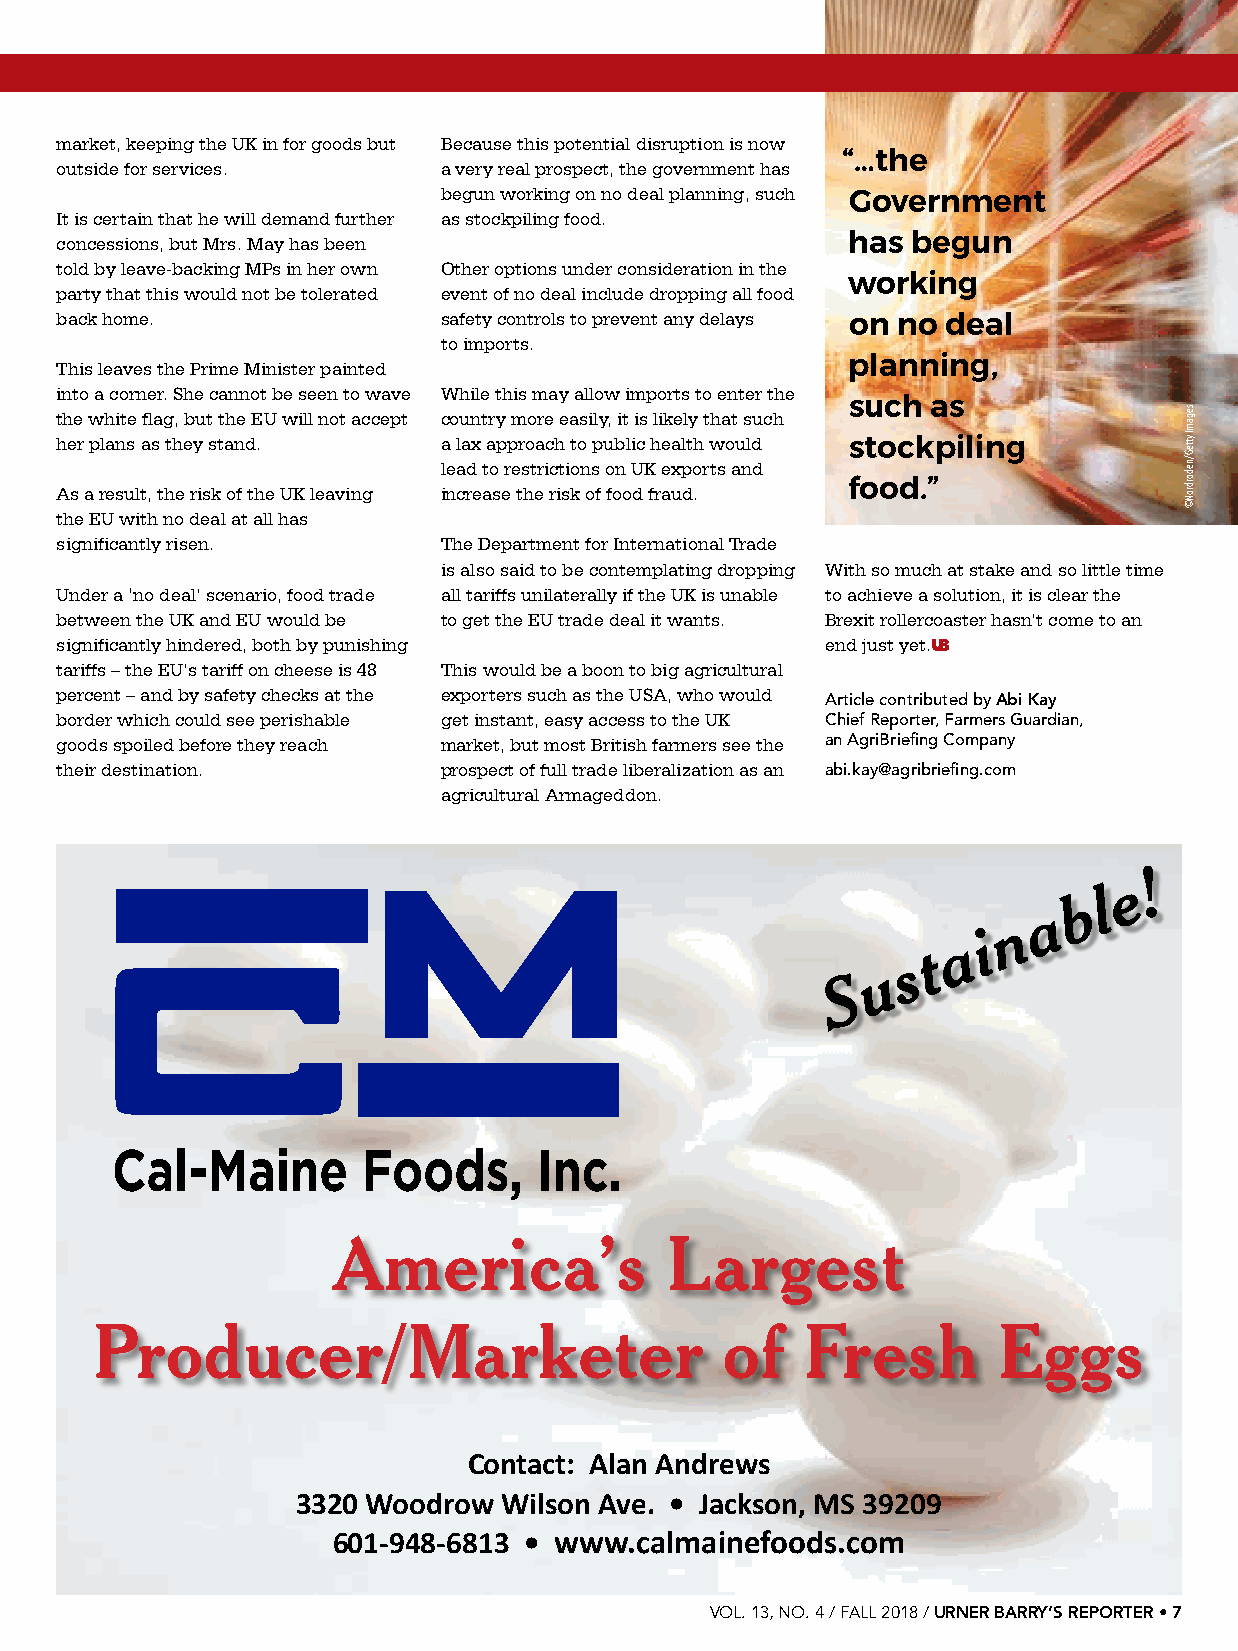
The inside scoop from our UK counterpart …
 market, keeping the UK in for goods but Because this potential disruption is now
 “…the
 outside for services.    a very real prospect, the government has
 begun working on no deal planning, such
 Government
 It is certain that he will demand further as stockpiling food.
 concessions, but Mrs. May has been                  has begun
 told by leave-backing MPs in her own Other options under consideration in the
 working
 party that this would not be tolerated event of no deal include dropping all food
 back home.               safety controls to prevent any delays on no deal
 to imports.
 This leaves the Prime Minister painted              planning,
 into a corner. She cannot be seen to wave While this may allow imports to enter the
 such  as
 the white flag, but the EU will not accept country more easily, it is likely that such
 her plans as they stand. a lax approach to public health would stockpiling
 lead to restrictions on UK exports and
 As a result, the risk of the UK leaving increase the risk of food fraud. food.”
 the EU with no deal at all has
 significantly risen.     The Department for International Trade
 is also said to be contemplating dropping With so much at stake and so little time
 Under a ‘no deal’ scenario, food trade all tariffs unilaterally if the UK is unable to achieve a solution, it is clear the
 between the UK and EU would be to get the EU trade deal it wants. Brexit rollercoaster hasn’t come to an
 significantly hindered, both by punishing          end just yet.UB
 tariffs – the EU’s tariff on cheese is 48 This would be a boon to big agricultural
 percent – and by safety checks at the exporters such as the USA, who would
 Article contributed by Abi Kay
 border which could see perishable get instant, easy access to the UK Chief Reporter, Farmers Guardian,
 goods spoiled before they reach market, but most British farmers see the an AgriBriefing Company
 their destination.       prospect of full trade liberalization as an abi.kay@agribriefing.com
 agricultural Armageddon.
 !
 e
 b l
 a
 n
 i
 a
 t
 s
 u
 S
 America’s             Largest
 Producer/Marketer                         of   Fresh        Eggs
 Contact: Alan Andrews
 3320 Woodrow Wilson Ave. • Jackson, MS 39209
 601-948-6813 • www.calmainefoods.com
 VOL. 13, NO. 4 / FALL 2018 / URNER BARRY’S REPORTER • 7
 segamI
 ytteG/nedordroN©